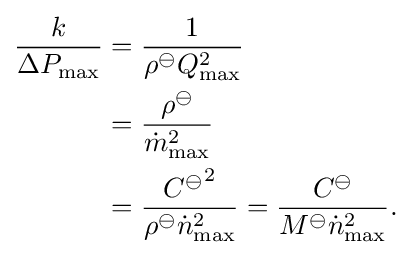
{\begin{aligned}{\frac {k}{\Delta P_{\max }}}&={\frac {1}{\rho ^{\ominus }Q_{\max }^{2}}}\\&={\frac {\rho ^{\ominus }}{{\dot {m}}_{\max }^{2}}}\\&={\frac {{C^{\ominus }}^{2}}{\rho ^{\ominus }{\dot {n}}_{\max }^{2}}}={\frac {C^{\ominus }}{M^{\ominus }{\dot {n}}_{\max }^{2}}}.\end{aligned}}